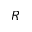
R